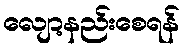
လျော့နည်းစေရန်